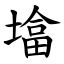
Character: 墖